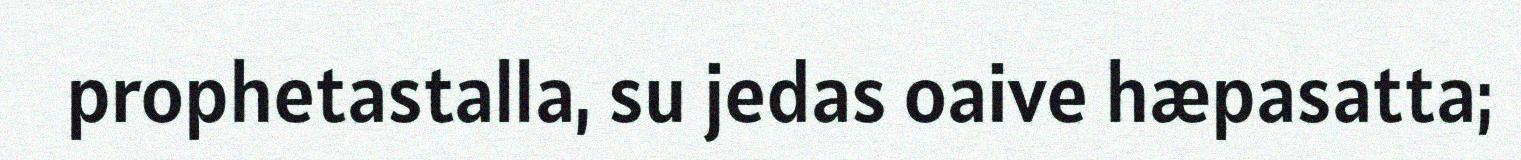
prophetastalla, su jedas oaive hæpasatta;